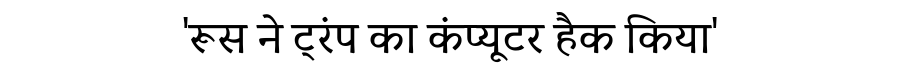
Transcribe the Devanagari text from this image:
'रूस ने ट्रंप का कंप्यूटर हैक किया'